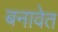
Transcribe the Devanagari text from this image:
बनावेत